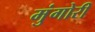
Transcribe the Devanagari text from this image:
मुंगोरीं